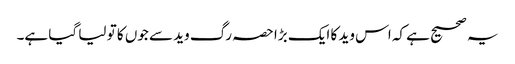
یہ صحیح ہے کہ اس وید کا ایک بڑا حصہ رگ وید سے جوں کا تو لیا گیا ہے۔